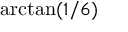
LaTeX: \arctan ( 1 / 6 )